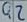
Text: Q2